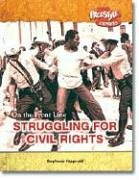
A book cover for Struggling for Civil Rights (On the Front Line); Stephanie Fitzgerald; Children's Books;